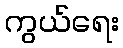
ကွယ်ရေး